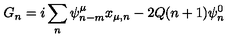
G _ { n } = i \sum _ { n } \psi _ { n - m } ^ { \mu } x _ { \mu , n } - 2 Q ( n + 1 ) \psi _ { n } ^ { 0 }